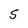
Character: S